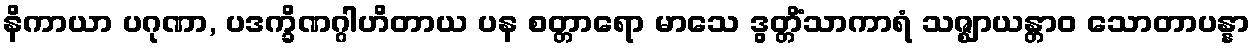
နိကာယာ ပဂုဏာ, ပဒက္ခိဏဂ္ဂါဟိတာယ ပန စတ္တာရော မာသေ ဒွတ္တိံသာကာရံ သဇ္ဈာယန္တာဝ သောတာပန္နာ